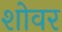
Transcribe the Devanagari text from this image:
शोवर